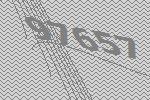
97657